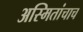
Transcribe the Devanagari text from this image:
अस्मितांचाच